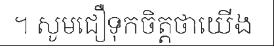
។ សូមជឿទុកចិត្តថាយើង